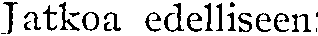
Jatkoa edelliseen